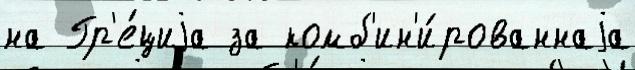
на Гр'е́циjа за комб'ин'и́рованнаjа